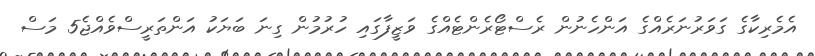
އެމެރިކާގެ ގަވަރުނަރެއްގެ އަންހެނުން ރެސްޓޯރެންޓެއްގެ ވަޒީފާގައި ހުރުމުން ގިނަ ބަޔަކު އަންތަރީސްވެއްޖެ5 މަސް